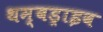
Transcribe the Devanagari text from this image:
थम्बड्राइव